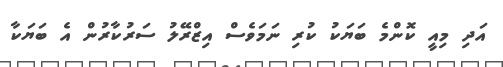
އަދި މިއީ ކޮންމެ ބަޔަކު ކުރި ނަމަވެސް އިޒްރޭލު ސަރުކާރުން އެ ބަޔަކާ